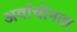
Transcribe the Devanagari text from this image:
अर्वाचीनता